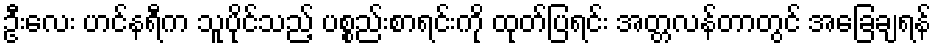
ဦးလေး ဟင်နရီက သူပိုင်သည့် ပစ္စည်းစာရင်းကို ထုတ်ပြရင်း အတ္တလန်တာတွင် အခြေချရန်